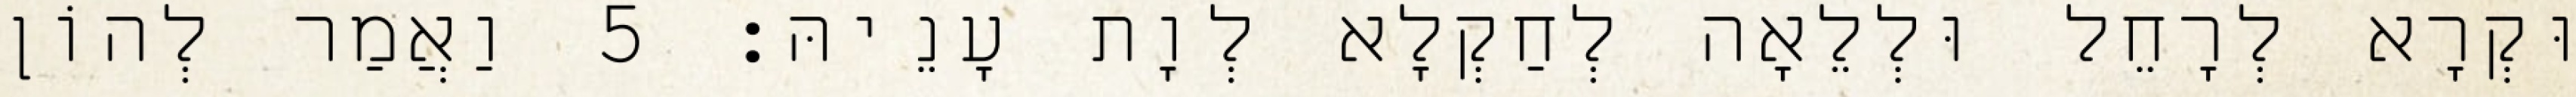
וּקְרָא לְרָחֵל וּלְלֵאָה לְחַקְלָא לְוָת עָנֵיהּ׃ 5 וַאֲמַר לְהוֹן